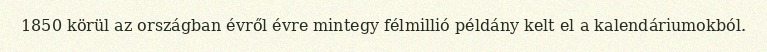
1850 körül az országban évről évre mintegy félmillió példány kelt el a kalendáriumokból.